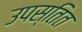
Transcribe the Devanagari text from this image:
उपस्तित